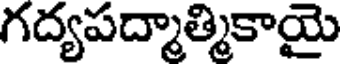
గద్యపద్మాత్మికాయై